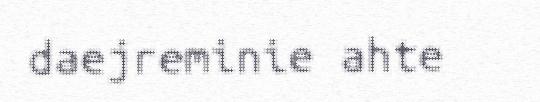
daejreminie ahte